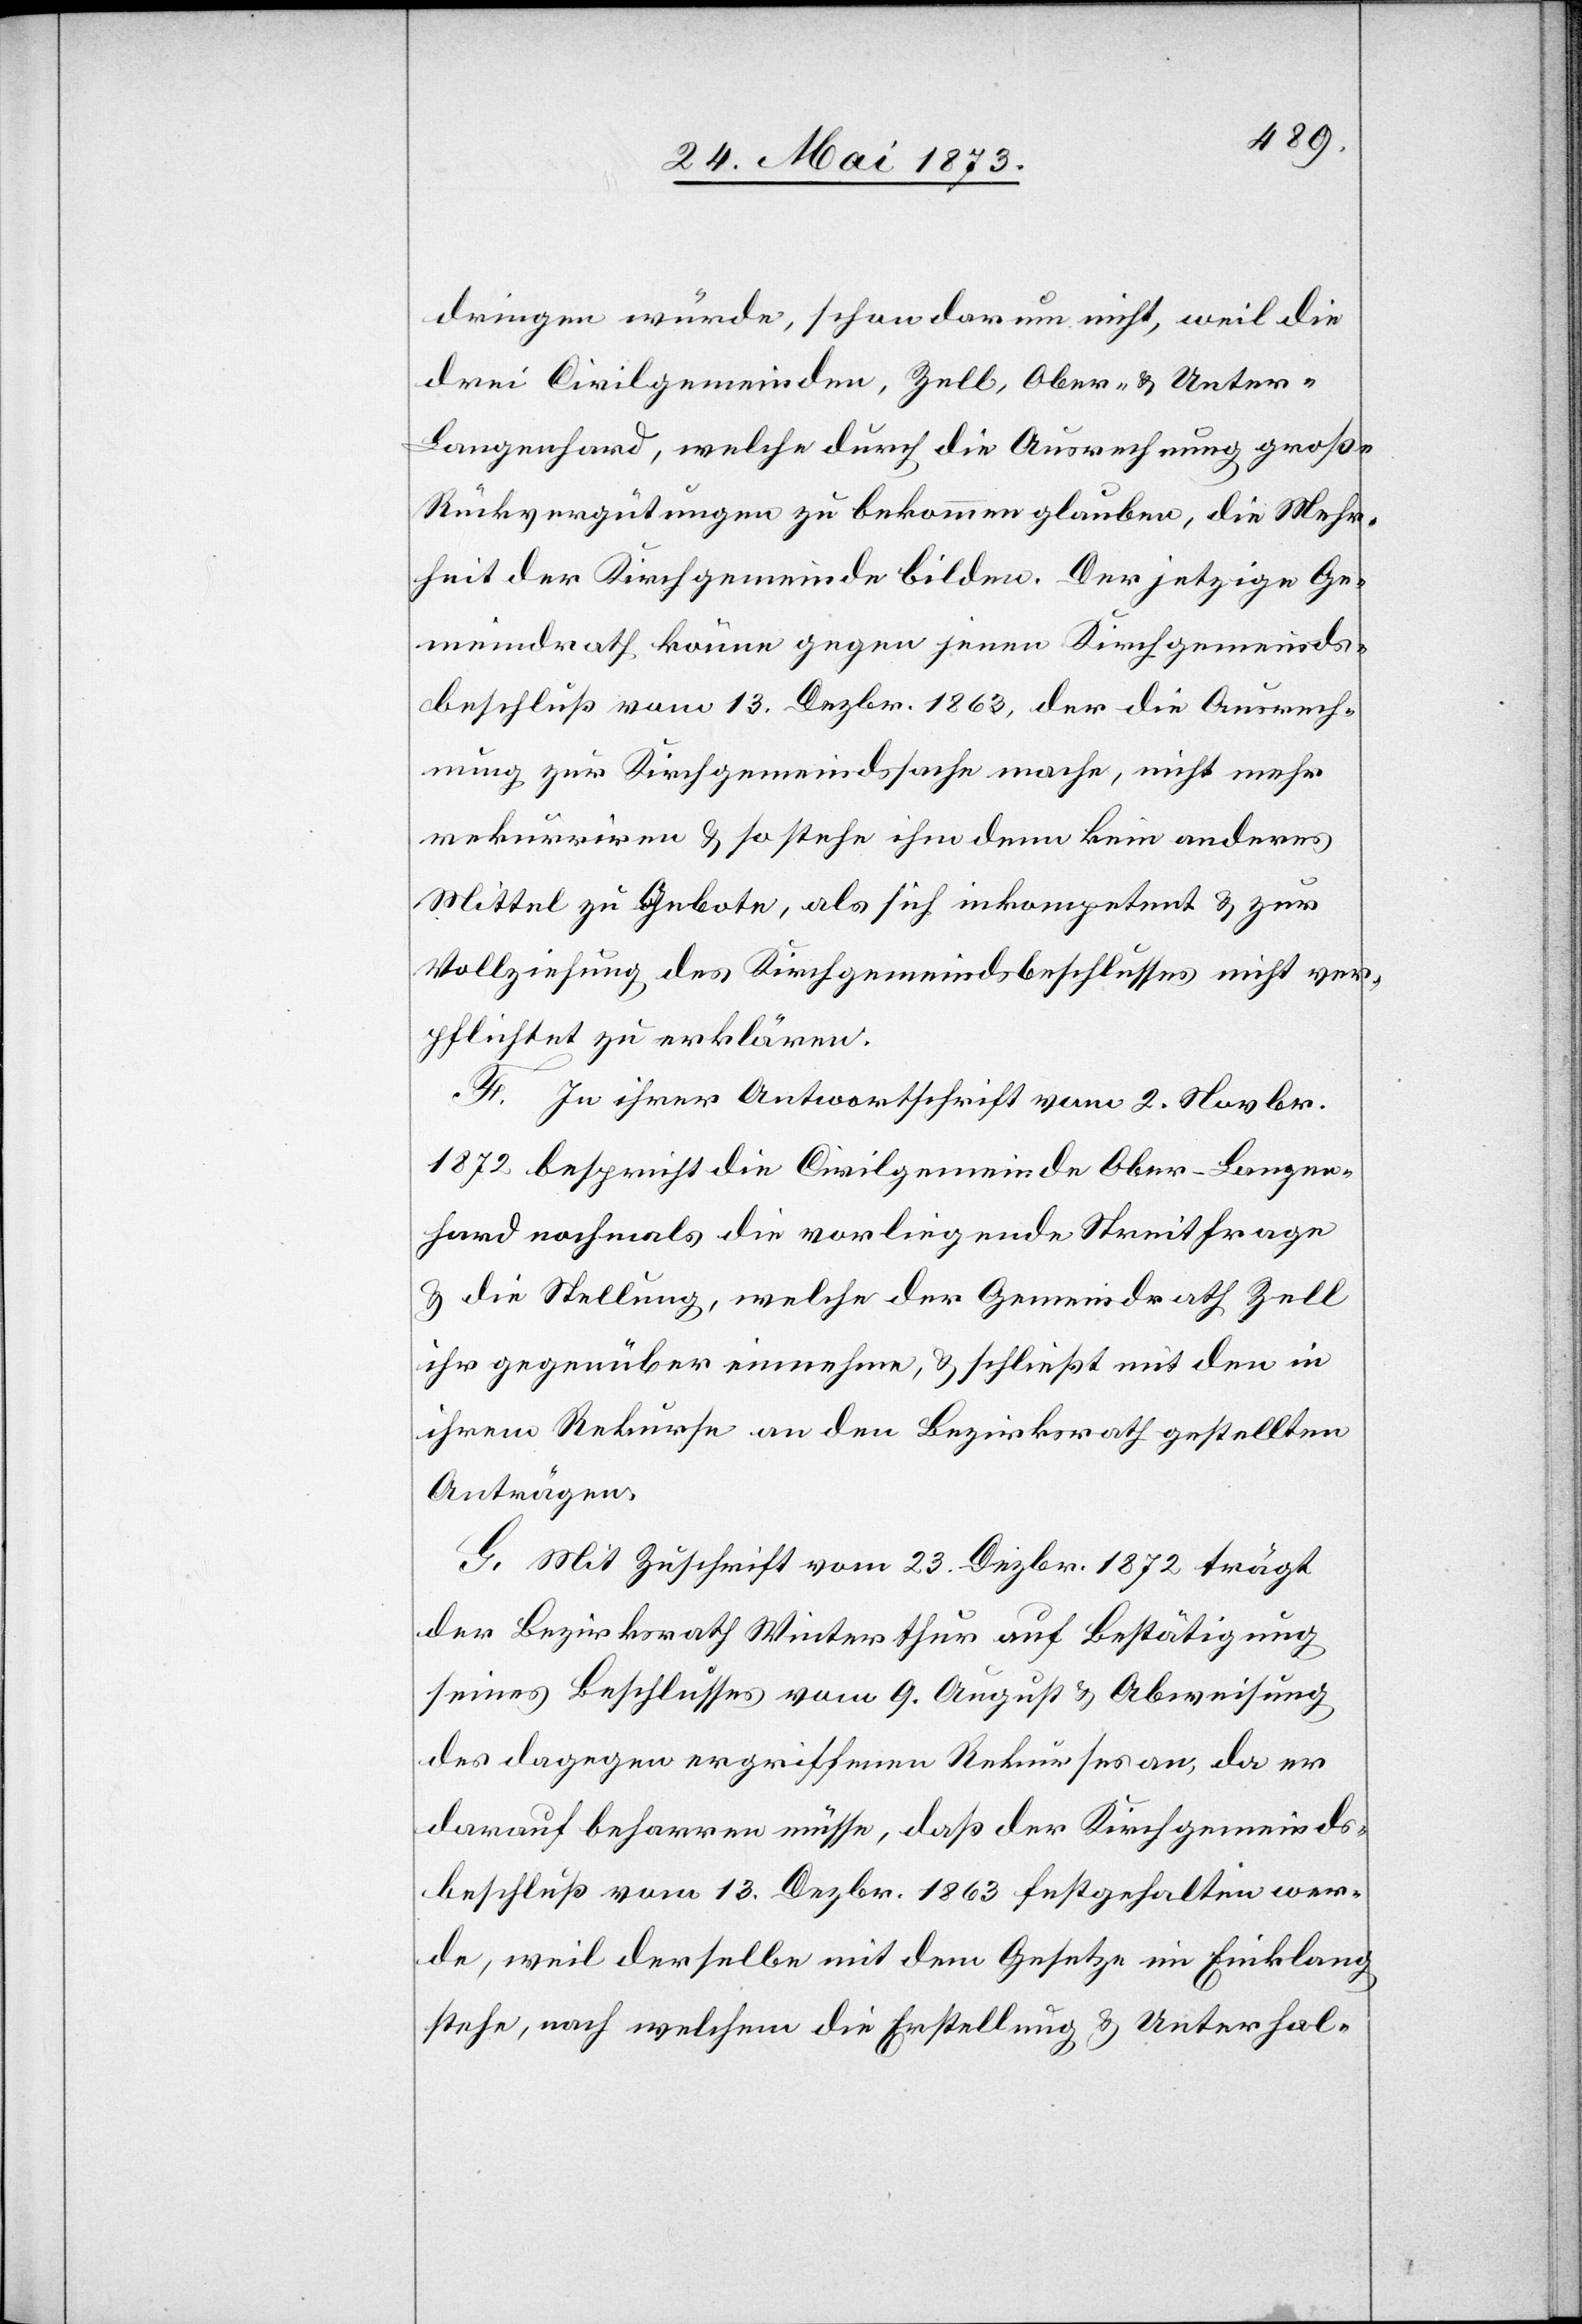
dringen würde, schon darum nicht, weil die
drei Civilgemeinden, Zell, Ober- & Unter-L¬
angenhard, welche durch die Ausrechnung große
Rückvergütungen zu bekommen glauben, die Mehr¬
heit der Kirchgemeinde bilden. Der jetzige Ge¬
meindrath könne gegen jenen Kirchgemeinds¬
beschluß vom 13. Dezbr. 1863, der die Ausrech¬
nung zur Kirchgemeindssache mache, nicht mehr
rekurriren & so stehe ihm denn kein anderes
Mittel zu Gebote, als sich inkompetent & zur
Vollziehung des Kirchgemeindsbeschlusses nicht ver¬
pflichtet zu erklären.
F. In ihrer Antwortschrift vom 2. Novbr.
1872 bespricht die Civilgemeinde Ober-Langen¬
hard nochmals die vorliegende Streitfrage
& die Stellung, welche der Gemeindrath Zell
ihr gegenüber einnehme, & schließt mit den in
ihrem Rekurse an den Bezirksrath gestellten
Anträgen.
G. Mit Zuschrift vom 23. Dezbr. 1872 trägt
der Bezirksrath Winterthur auf Bestätigung
seines Beschlusses vom 9. August & Abweisung
des dagegen ergriffenen Rekurses an, da er
darauf beharren müsse, daß der Kirchgemeinds¬
beschluß vom 13. Dezbr. 1863 festgehalten wer¬
de, weil derselbe mit dem Gesetze im Einklang
stehe, nach welchem die Erstellung & Unterhal-